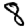
Digit: 8